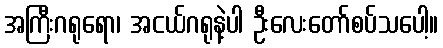
အကြီးဂရုရော၊ အငယ်ဂရုနဲ့ပါ ဦးလေးတော်စပ်သပေါ့။